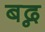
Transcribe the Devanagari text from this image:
बद्न